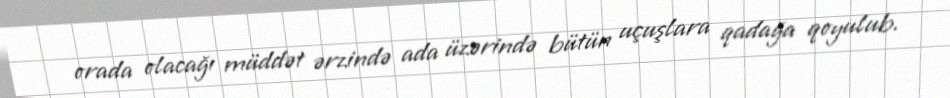
orada olacağı müddət ərzində ada üzərində bütün uçuşlara qadağa qoyulub.